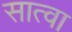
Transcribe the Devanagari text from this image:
सात्वा